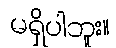
မရှိပါဘူး။